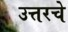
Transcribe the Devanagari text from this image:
उत्तरचे